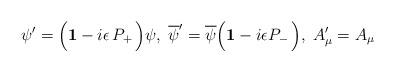
LaTeX: \begin{align*}\psi^\prime = \Big({\bf 1} -i \epsilon\, P_+\,\Big) \psi, \; {\overline \psi}^\prime = {\overline \psi}\Big( {\bf 1}-i \epsilon P_- \,\Big), \; A^\prime_\mu = A_\mu\end{align*}